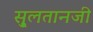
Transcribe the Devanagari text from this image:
सु्लतानजी